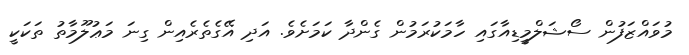
މުވައްޒަފުން ސޯޝަލްމީޑިއާގައި ހާމަކުރަމުން ގެންދާ ކަމަށެވެ. އަދި އޭގެތެރެއިން ގިނަ މަޢުލޫމާތު ތަކަކީ